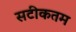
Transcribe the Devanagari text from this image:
सटीकतम